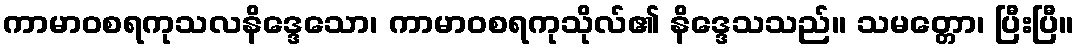
ကာမာဝစရကုသလနိဒ္ဒေသော၊ ကာမာဝစရကုသိုလ်၏ နိဒ္ဒေသသည်။ သမတ္တော၊ ပြီးပြီ။